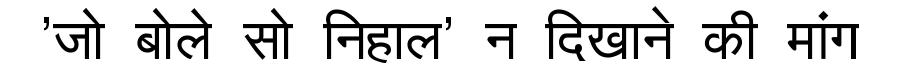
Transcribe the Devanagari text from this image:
'जो बोले सो निहाल' न दिखाने की मांग